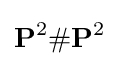
\mathbf {P} ^{2}\#\mathbf {P} ^{2}